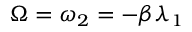
\Omega = \omega _ { 2 } = - \beta \lambda _ { 1 }